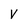
Character: V